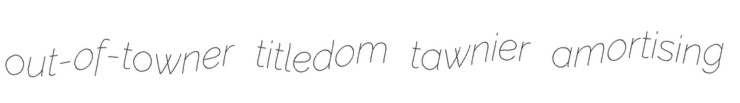
out-of-towner titledom tawnier amortising